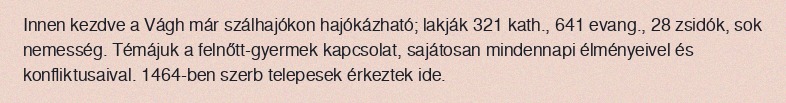
Innen kezdve a Vágh már szálhajókon hajókázható; lakják 321 kath., 641 evang., 28 zsidók, sok nemesség. Témájuk a felnőtt-gyermek kapcsolat, sajátosan mindennapi élményeivel és konfliktusaival. 1464-ben szerb telepesek érkeztek ide.